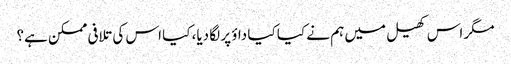
مگر اس کھیل میں ہم نے کیا کیا داؤ پر لگا دیا، کیا اس کی تلافی ممکن ہے؟